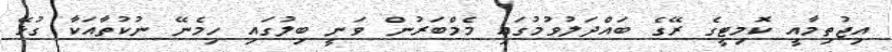
އިޖުތިމާއީ ކޮމިޓީގެ ރޭގެ ބައްދަލުވުމުގައި މެމްބަރުން ވަނީ ބިލުގައި ހިމެނޭ ނުކުތާއަކާ ގުޅޭ